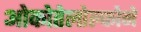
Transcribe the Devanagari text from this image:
ओकोतेलोल्कोने